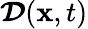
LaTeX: \boldsymbol{\mathcal{D}}(\mathbf{x},t)